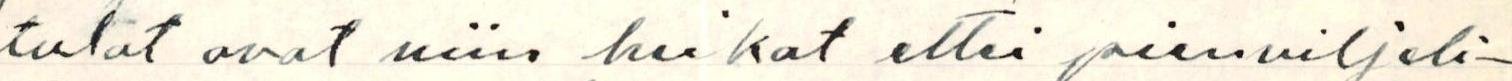
tulot ovat niin heikot ettei pienviljeli-